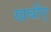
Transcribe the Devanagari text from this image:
खबीर्